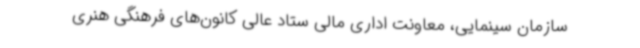
سازمان سینمایی، معاونت اداری مالی ستاد عالی کانون‌های فرهنگی هنری